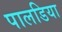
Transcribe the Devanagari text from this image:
पालडिया